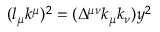
( l _ { \mu } k ^ { \mu } ) ^ { 2 } = ( \Delta ^ { \mu \nu } k _ { \mu } k _ { \nu } ) y ^ { 2 }